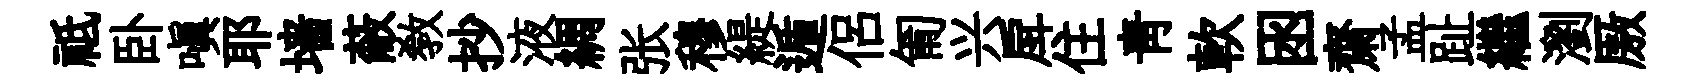
祗卧嗔耶墙蔽教抄液綢张穆緹遁侶匍兴戽住青軟囦齋孟趾繼瀏厫